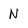
Character: N